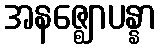
အနဇ္ဈောပန္နာ